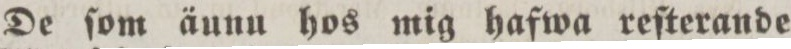
De ſom äunu hos mig hafwa reſterande